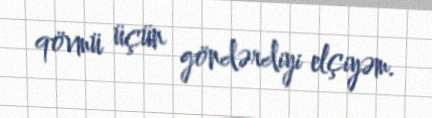
qövmü üçün göndərdiyi elçiyəm.